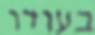
בעודו